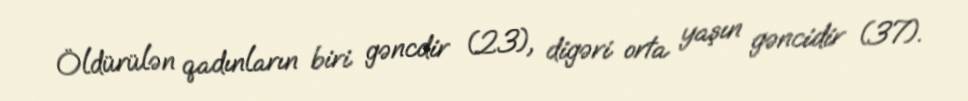
Öldürülən qadınların biri gəncdir (23), digəri orta yaşın gəncidir (37).